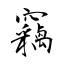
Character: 竊